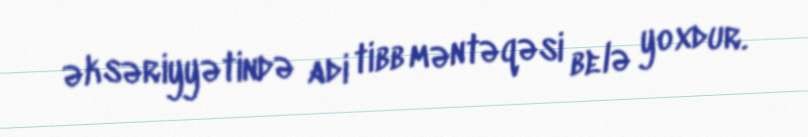
əksəriyyətində adi tibb məntəqəsi belə yoxdur.